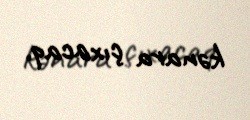
kənara çıxacaq.